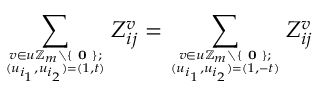
\sum _ { \boldsymbol { v } \in \boldsymbol { u } \mathbb { Z } _ { m } \setminus \{ \textbf { 0 } \} ; \atop ( u _ { i _ { 1 } } , u _ { i _ { 2 } } ) = ( 1 , t ) } Z _ { i j } ^ { \boldsymbol { v } } = \sum _ { \boldsymbol { v } \in \boldsymbol { u } \mathbb { Z } _ { m } \setminus \{ \textbf { 0 } \} ; \atop ( u _ { i _ { 1 } } , u _ { i _ { 2 } } ) = ( 1 , - t ) } Z _ { i j } ^ { \boldsymbol { v } }